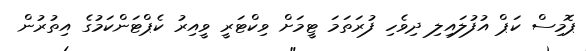
ޕޮމިސް ކަޕް އުފުލައިލި ދިވެހި ފުރަތަމަ ޓީމަށް ވިކްޓަރީ ވީއިރު ކެޕްޓަންކަމުގެ އިތުރުން